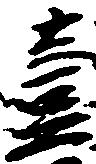
壱